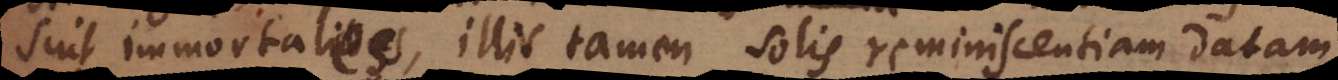
nt immortales, illis tamen solis reminiscentiam datam